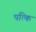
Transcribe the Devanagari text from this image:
पत्कि